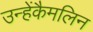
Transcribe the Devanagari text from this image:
उन्हेंकैमलिन